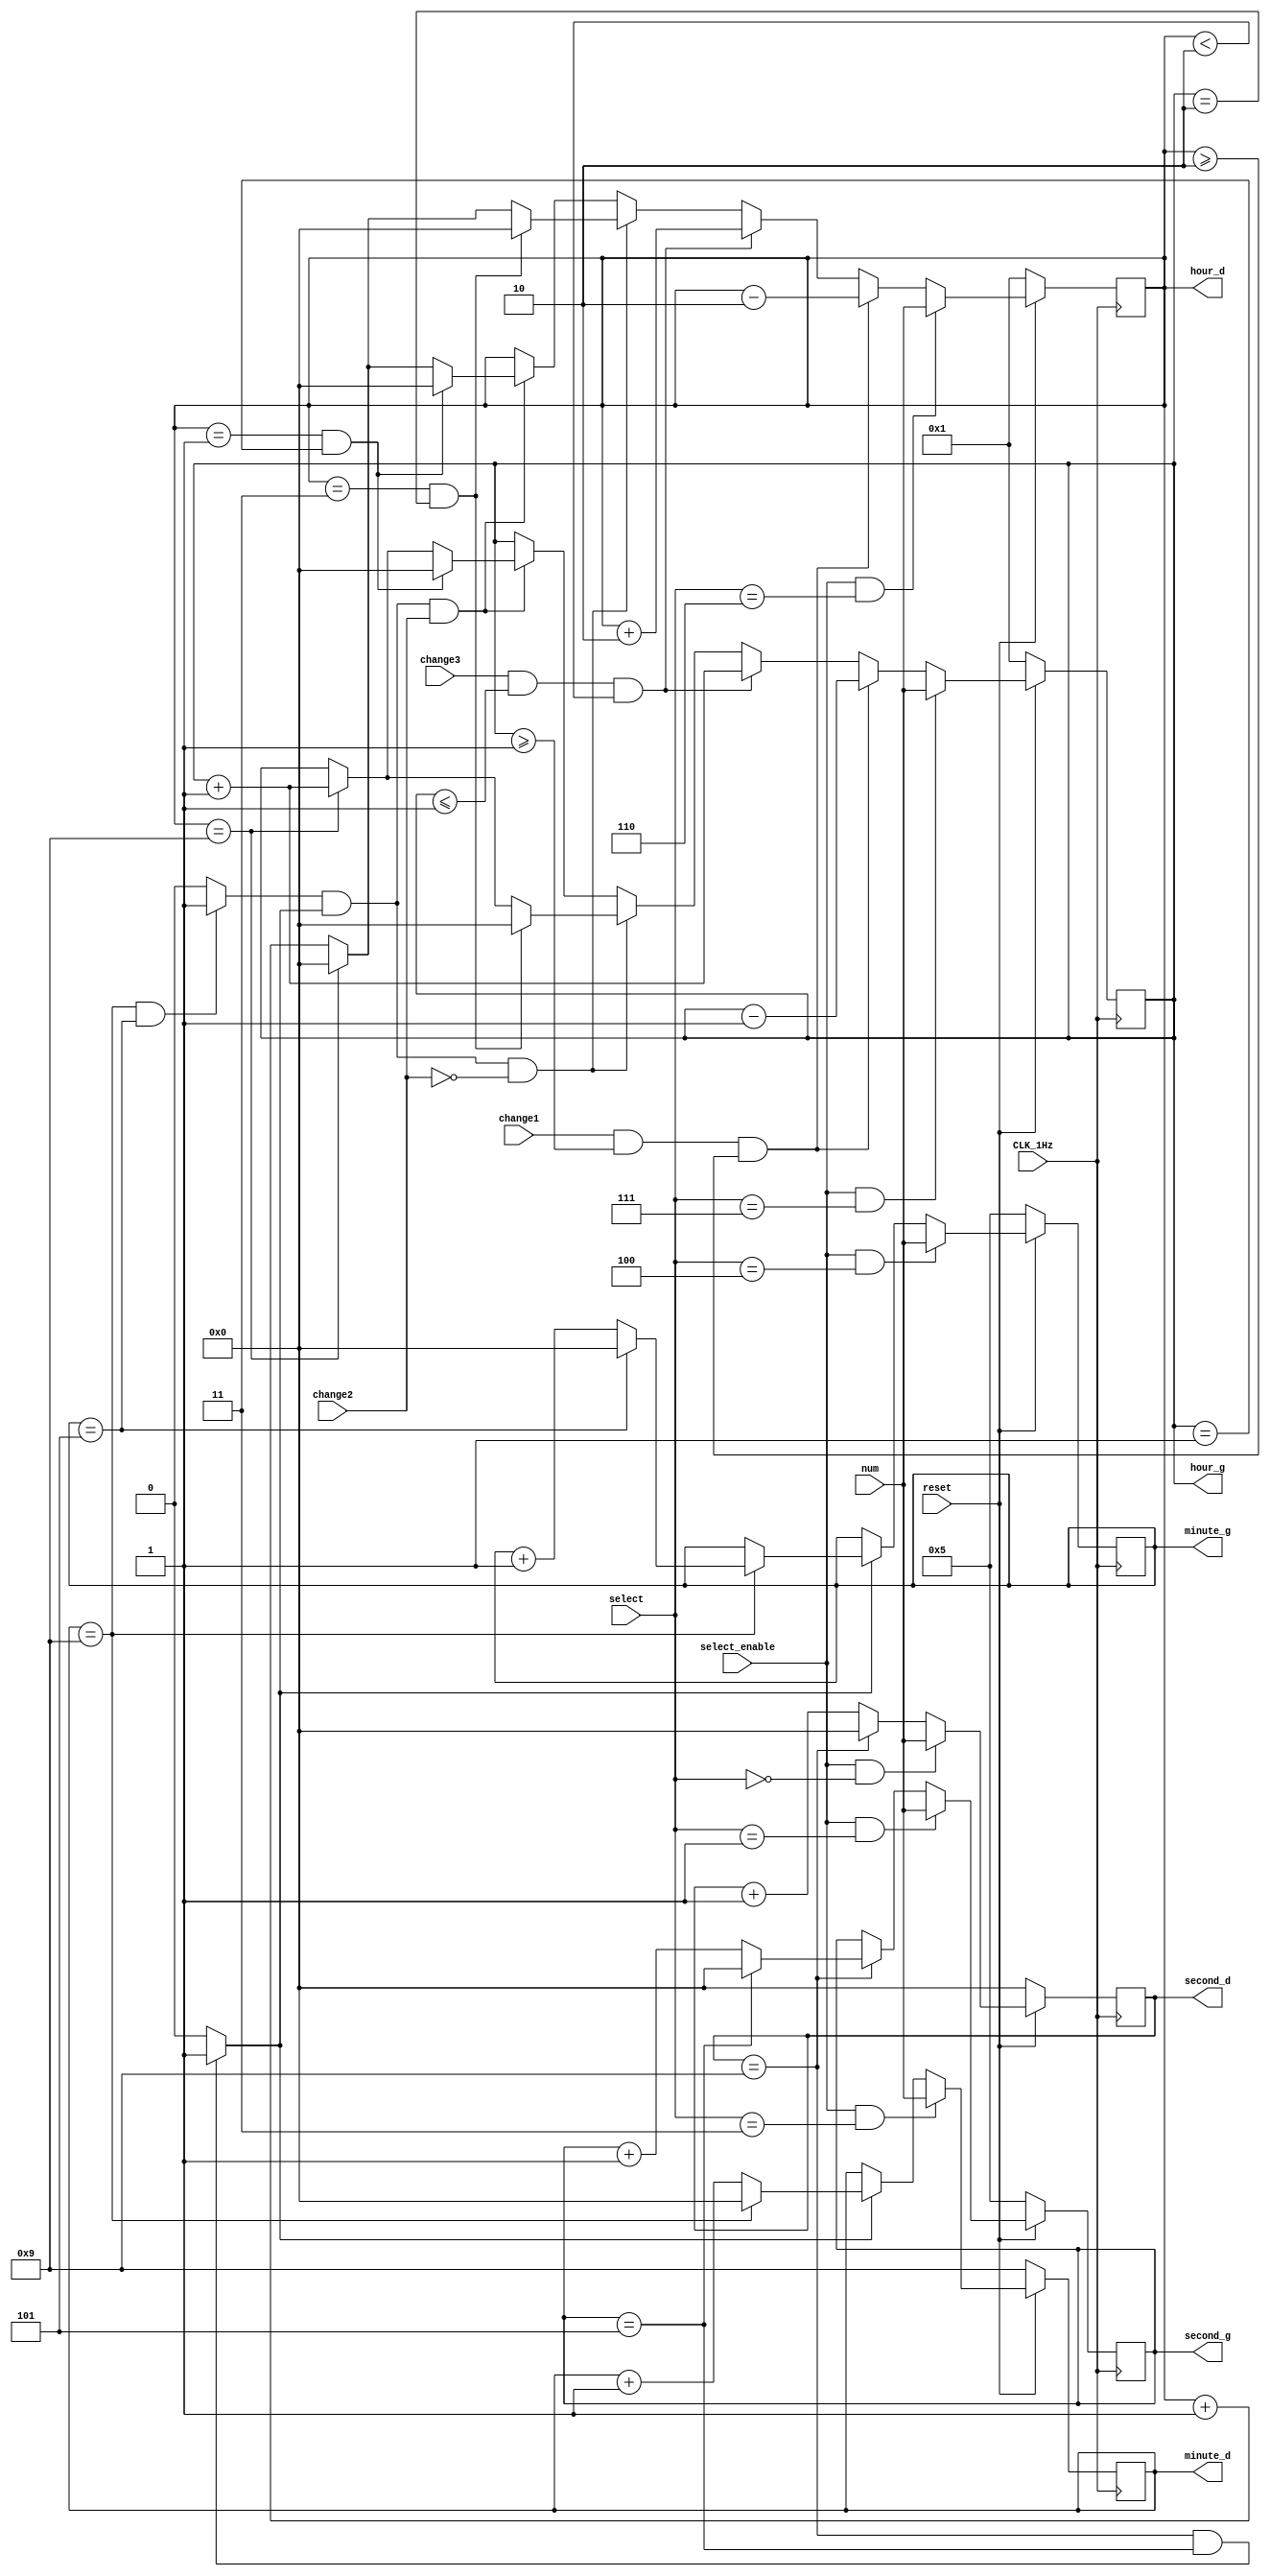
module clock(CLK_1Hz, reset, select, select_enable, num, second_d, second_g, minute_d, minute_g, hour_d, hour_g, change1,change2,change3);
input CLK_1Hz,change1,change2,change3; //12.24change
input reset,select_enable;
input[2:0] select;
input[3:0] num;
output  reg[3:0] second_d, second_g, minute_d, minute_g, hour_d, hour_g;
wire   cout_s,cout_m;

always @(posedge CLK_1Hz)  
begin  
  if(!reset) second_d<=0;
  else if(select_enable&&select==3'd0)
  begin
		second_d<=num;
  end
  else if(second_d==9)  
    second_d<=0;  
  else  
    second_d<=second_d+1;  
end  
  
always @(posedge CLK_1Hz)  
begin  
  if(!reset) second_g<=5;
  else if(select_enable&&select==3'd1)
  begin
		second_g<=num;
  end  
  else if(second_d==9)  
    begin  
      if(second_g==5)  
        second_g<=0;  
      else  
        second_g<=second_g+1;  
    end  
  end  
assign cout_s=((second_d==9)&&(second_g==5))?1:0;  
  
always @(posedge CLK_1Hz)  
begin  
  if(!reset)  
        minute_d <= 9;  
  else if(select_enable&&select==3'd3)
  begin
		minute_d<=num;
  end
  else if(cout_s)  
    begin  
     if(minute_d==9)  
        minute_d <= 0;  
     else   
        minute_d <=minute_d+1;  
    end  
end  
  
always @(posedge CLK_1Hz)  
begin  
  if(!reset)  
    minute_g <= 5;
  else if(select_enable&&select==3'd4)
  begin
		minute_g<=num;
  end  
  else if(cout_s)  
    begin  
    if(minute_d==9)  
      begin  
      if(minute_g==5)  
        minute_g <= 0;  
      else   
        minute_g<= minute_g+1;  
      end  
    end  
end  
  
assign cout_m = ((minute_d==9)&&(minute_g==5))?1:0;  
  
always @(posedge CLK_1Hz)  
begin
  if(!reset)  
        hour_d <= 1;
  else if(select_enable&&select==3'd6)
  begin
		hour_d<=num;
  end
  else if(change1&&(hour_g>=1)&&(hour_d>=2))
  begin
		hour_d<=hour_d-2;
  end
  
  else if(change3&&(hour_g<=1)&&(hour_d<2))
  begin
		hour_d<=hour_d+2;
  end
  
  else if(cout_m&&cout_s&&!change2)  
  begin  
    if((hour_d==3)&&(hour_g==2))  
      hour_d<=0;  
    else  
       if(hour_d==9)  
        hour_d <=0;  
       else  
        hour_d <= hour_d + 1;  
  end
  else if(cout_m&&cout_s&&change2)  
  begin  
    if((hour_d==1)&&(hour_g==1))  
      hour_d<=0;  
    else  
       if(hour_d==9)  
        hour_d <=0;  
       else  
        hour_d <= hour_d + 1;  
  end  
end  
  
always @(posedge CLK_1Hz)  
begin  
  if(!reset)  
        hour_g <= 1; 
  //tz
  else if(select_enable&&select==3'd7)
  begin
		hour_g<=num;
  end
  //24->12
  else if(change1&&(hour_g>=1)&&(hour_d>=2))
  begin
		hour_g<=hour_g-1;
  end
  
  else if(change3&&(hour_g<=1)&&(hour_d<2))
  begin
		hour_g<=hour_g+1;
  end
  
  else if(cout_m&&cout_s&&!change2)  
  begin
      if((hour_d==3)&&(hour_g==2))  
        hour_g <= 0;  
      else if(hour_d==9)  
        hour_g<=hour_g+1;  
  end
  else if(cout_m&&cout_s&&change2)
  begin
      if((hour_d==1)&&(hour_g==1))  
        hour_g <= 0;  
      else if(hour_d==9)  
        hour_g<=hour_g+1;  
  end
end 
endmodule